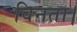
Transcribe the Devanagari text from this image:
विनता।